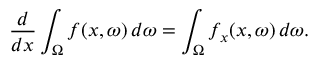
{ \frac { d } { d x } } \int _ { \Omega } f ( x , \omega ) \, d \omega = \int _ { \Omega } f _ { x } ( x , \omega ) \, d \omega .